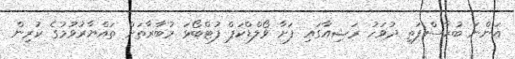
އަންނަ ބުރާސްފަތި ދުވަހު ރަޝިއާގައި ފަށާ ވޯލްޑްކަޕް ފުޓްބޯޅަ މުބާރާތަށް ތައްޔާރުވުމުގެ ކުރިން